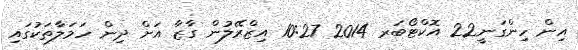
އިން ހިންގަނީ22 އޮކްޓޯބަރ 2014 10:27 އިޒްރޭލުން ގާޒާ އަށް ދިން ހަމަލާތަކުގައި